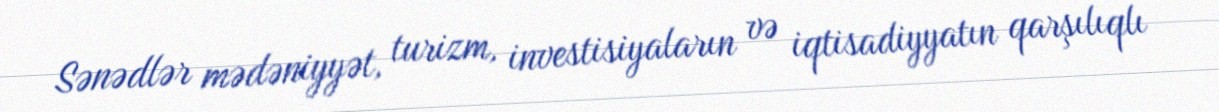
Sənədlər mədəniyyət, turizm, investisiyaların və iqtisadiyyatın qarşılıqlı